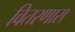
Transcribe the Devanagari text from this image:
वितरणास